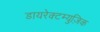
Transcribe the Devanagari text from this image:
डायरेक्टम्युज़िक